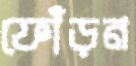
ফোঁড়ন